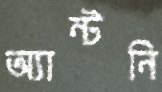
অ্যান্টনি